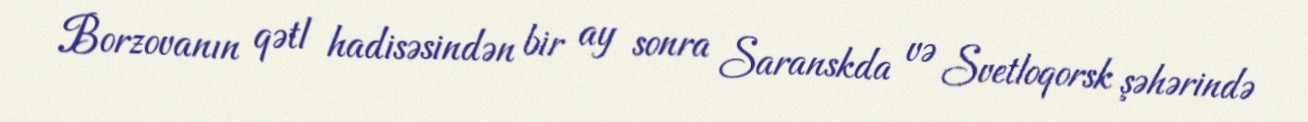
Borzovanın qətl hadisəsindən bir ay sonra Saranskda və Svetloqorsk şəhərində